Indian Medical Review
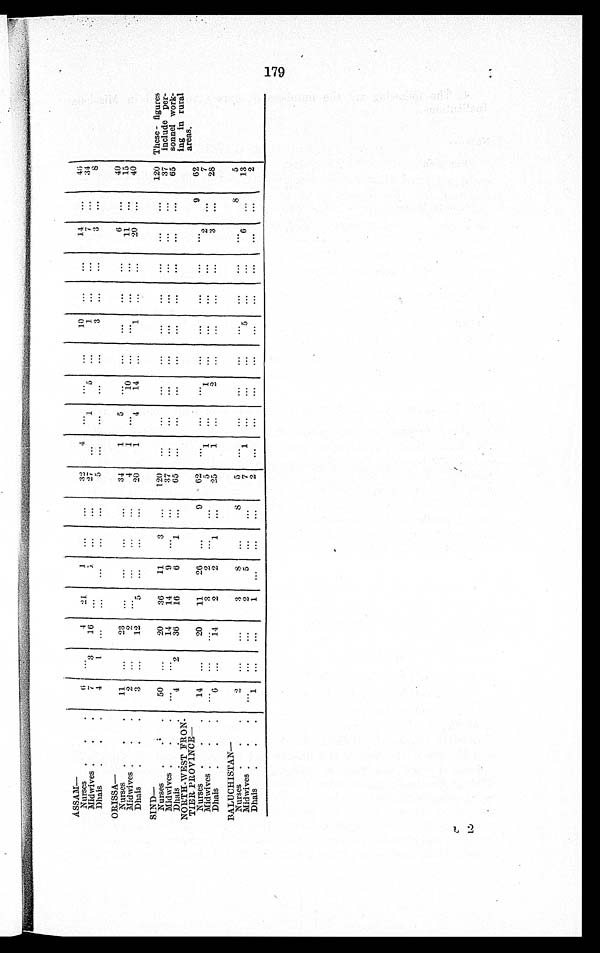
ASSAM—
Nurses
6
4
2 1
1
3 2
4
10
1 4
4 6
Midwives
7
3
16
1
1
5
1
7
34
D h a i s
4
1
5
3
3
8
ORISSA—
Nurses
11
34
1
5
6
4 0
Midwives
2 2
4
1
10
1 1
1 5
Dhais
3
12
5
2 0
1
4
14
1
20
40
SIND—
Nurses
50
20
36
11
3
120
1 2 0
Midwives
14
14
9
37
37
D h a i s
4
2
36
16
6
1
6 5
65
NORTH -WEST FR0N-
TIER PROVENCE—
Nurses
14
20
11
26
9
62
9
62
Midwives
3
2
5
1
1
2
7
Dhais
6
14
2
2
1
25
1
2
3
28
BALUCHISTAN—
Nurses
2
3
8
8
5
8
5
Midwives
2
5
7
1
5
6
13
Dhais
1
1
2
2